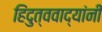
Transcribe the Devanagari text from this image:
हिंदुत्ववाद्यांनी